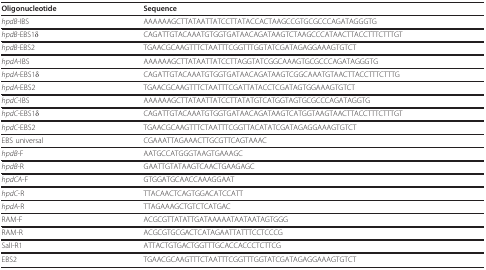
<table><thead><tr><td><b>Oligonucleotide</b></td><td><b>Sequence</b></td></tr></thead><tbody><tr><td><i>hpdB</i>-IBS</td><td>AAAAAAGCTTATAATTATCCTTATACCACTAAGCCGTGCGCCCAGATAGGGTG</td></tr><tr><td><i>hpdB</i>-EBS1δ</td><td>CAGATTGTACAAATGTGGTGATAACAGATAAGTCTAAGCCCATAACTTACCTTTCTTTGT</td></tr><tr><td><i>hpdB</i>-EBS2</td><td>TGAACGCAAGTTTCTAATTTCGGTTTGGTATCGATAGAGGAAAGTGTCT</td></tr><tr><td><i>hpdA</i>-IBS</td><td>AAAAAAGCTTATAATTATCCTTAGGTATCGGCAAAGTGCGCCCAGATAGGGTG</td></tr><tr><td><i>hpdA</i>-EBS1δ</td><td>CAGATTGTACAAATGTGGTGATAACAGATAAGTCGGCAAATGTAACTTACCTTTCTTTG</td></tr><tr><td><i>hpdA</i>-EBS2</td><td>TGAACGCAAGTTTCTAATTTCGATTATACCTCGATAGTGGAAAGTGTCT</td></tr><tr><td><i>hpdC</i>-IBS</td><td>AAAAAAGCTTATAATTATCCTTATATGTCATGGTAGTGCGCCCAGATAGGTG</td></tr><tr><td><i>hpdC</i>-EBS1δ</td><td>CAGATTGTACAAATGTGGTGATAACAGATAAGTCATGGTAAGTAACTTACCTTTCTTTGT</td></tr><tr><td><i>hpdC</i>-EBS2</td><td>TGAACGCAAGTTTCTAATTTCGGTTACATATCGATAGAGGAAAGTGTCT</td></tr><tr><td>EBS universal</td><td>CGAAATTAGAAACTTGCGTTCAGTAAAC</td></tr><tr><td><i>hpdB</i>-F</td><td>AATGCCATGGGTAAGTGAAAGC</td></tr><tr><td><i>hpdB</i>-R</td><td>GAATTGTATAAGTCAACTGAAGAGC</td></tr><tr><td><i>hpdCA</i>-F</td><td>GTGGATGCAACCAAAGGAAT</td></tr><tr><td><i>hpdC</i>-R</td><td>TTACAACTCAGTGGACATCCATT</td></tr><tr><td><i>hpdA</i>-R</td><td>TTAGAAAGCTGTCTCATGAC</td></tr><tr><td>RAM-F</td><td>ACGCGTTATATTGATAAAAATAATAATAGTGGG</td></tr><tr><td>RAM-R</td><td>ACGCGTGCGACTCATAGAATTATTTCCTCCCG</td></tr><tr><td>SalI-R1</td><td>ATTACTGTGACTGGTTTGCACCACCCTCTTCG</td></tr><tr><td>EBS2</td><td>TGAACGCAAGTTTCTAATTTCGGTTTGGTATCGATAGAGGAAAGTGTCT</td></tr></tbody></table>